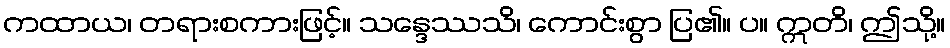
ကထာယ၊ တရားစကားဖြင့်။ သန္ဒေဿသိ၊ ကောင်းစွာ ပြ၏။ ပ။ ဣတိ၊ ဤသို့။